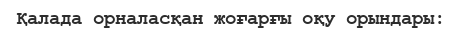
Қалада орналасқан жоғарғы оқу орындары: